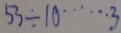
5 3 \div 1 0 \cdots 3